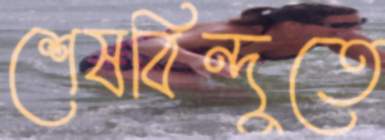
শেষবিন্দুতে